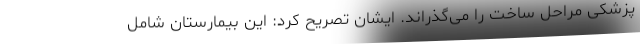
پزشکی مراحل ساخت را می‌گذراند. ایشان تصریح کرد: این بیمارستان شامل